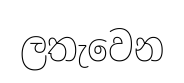
ලතැවෙන